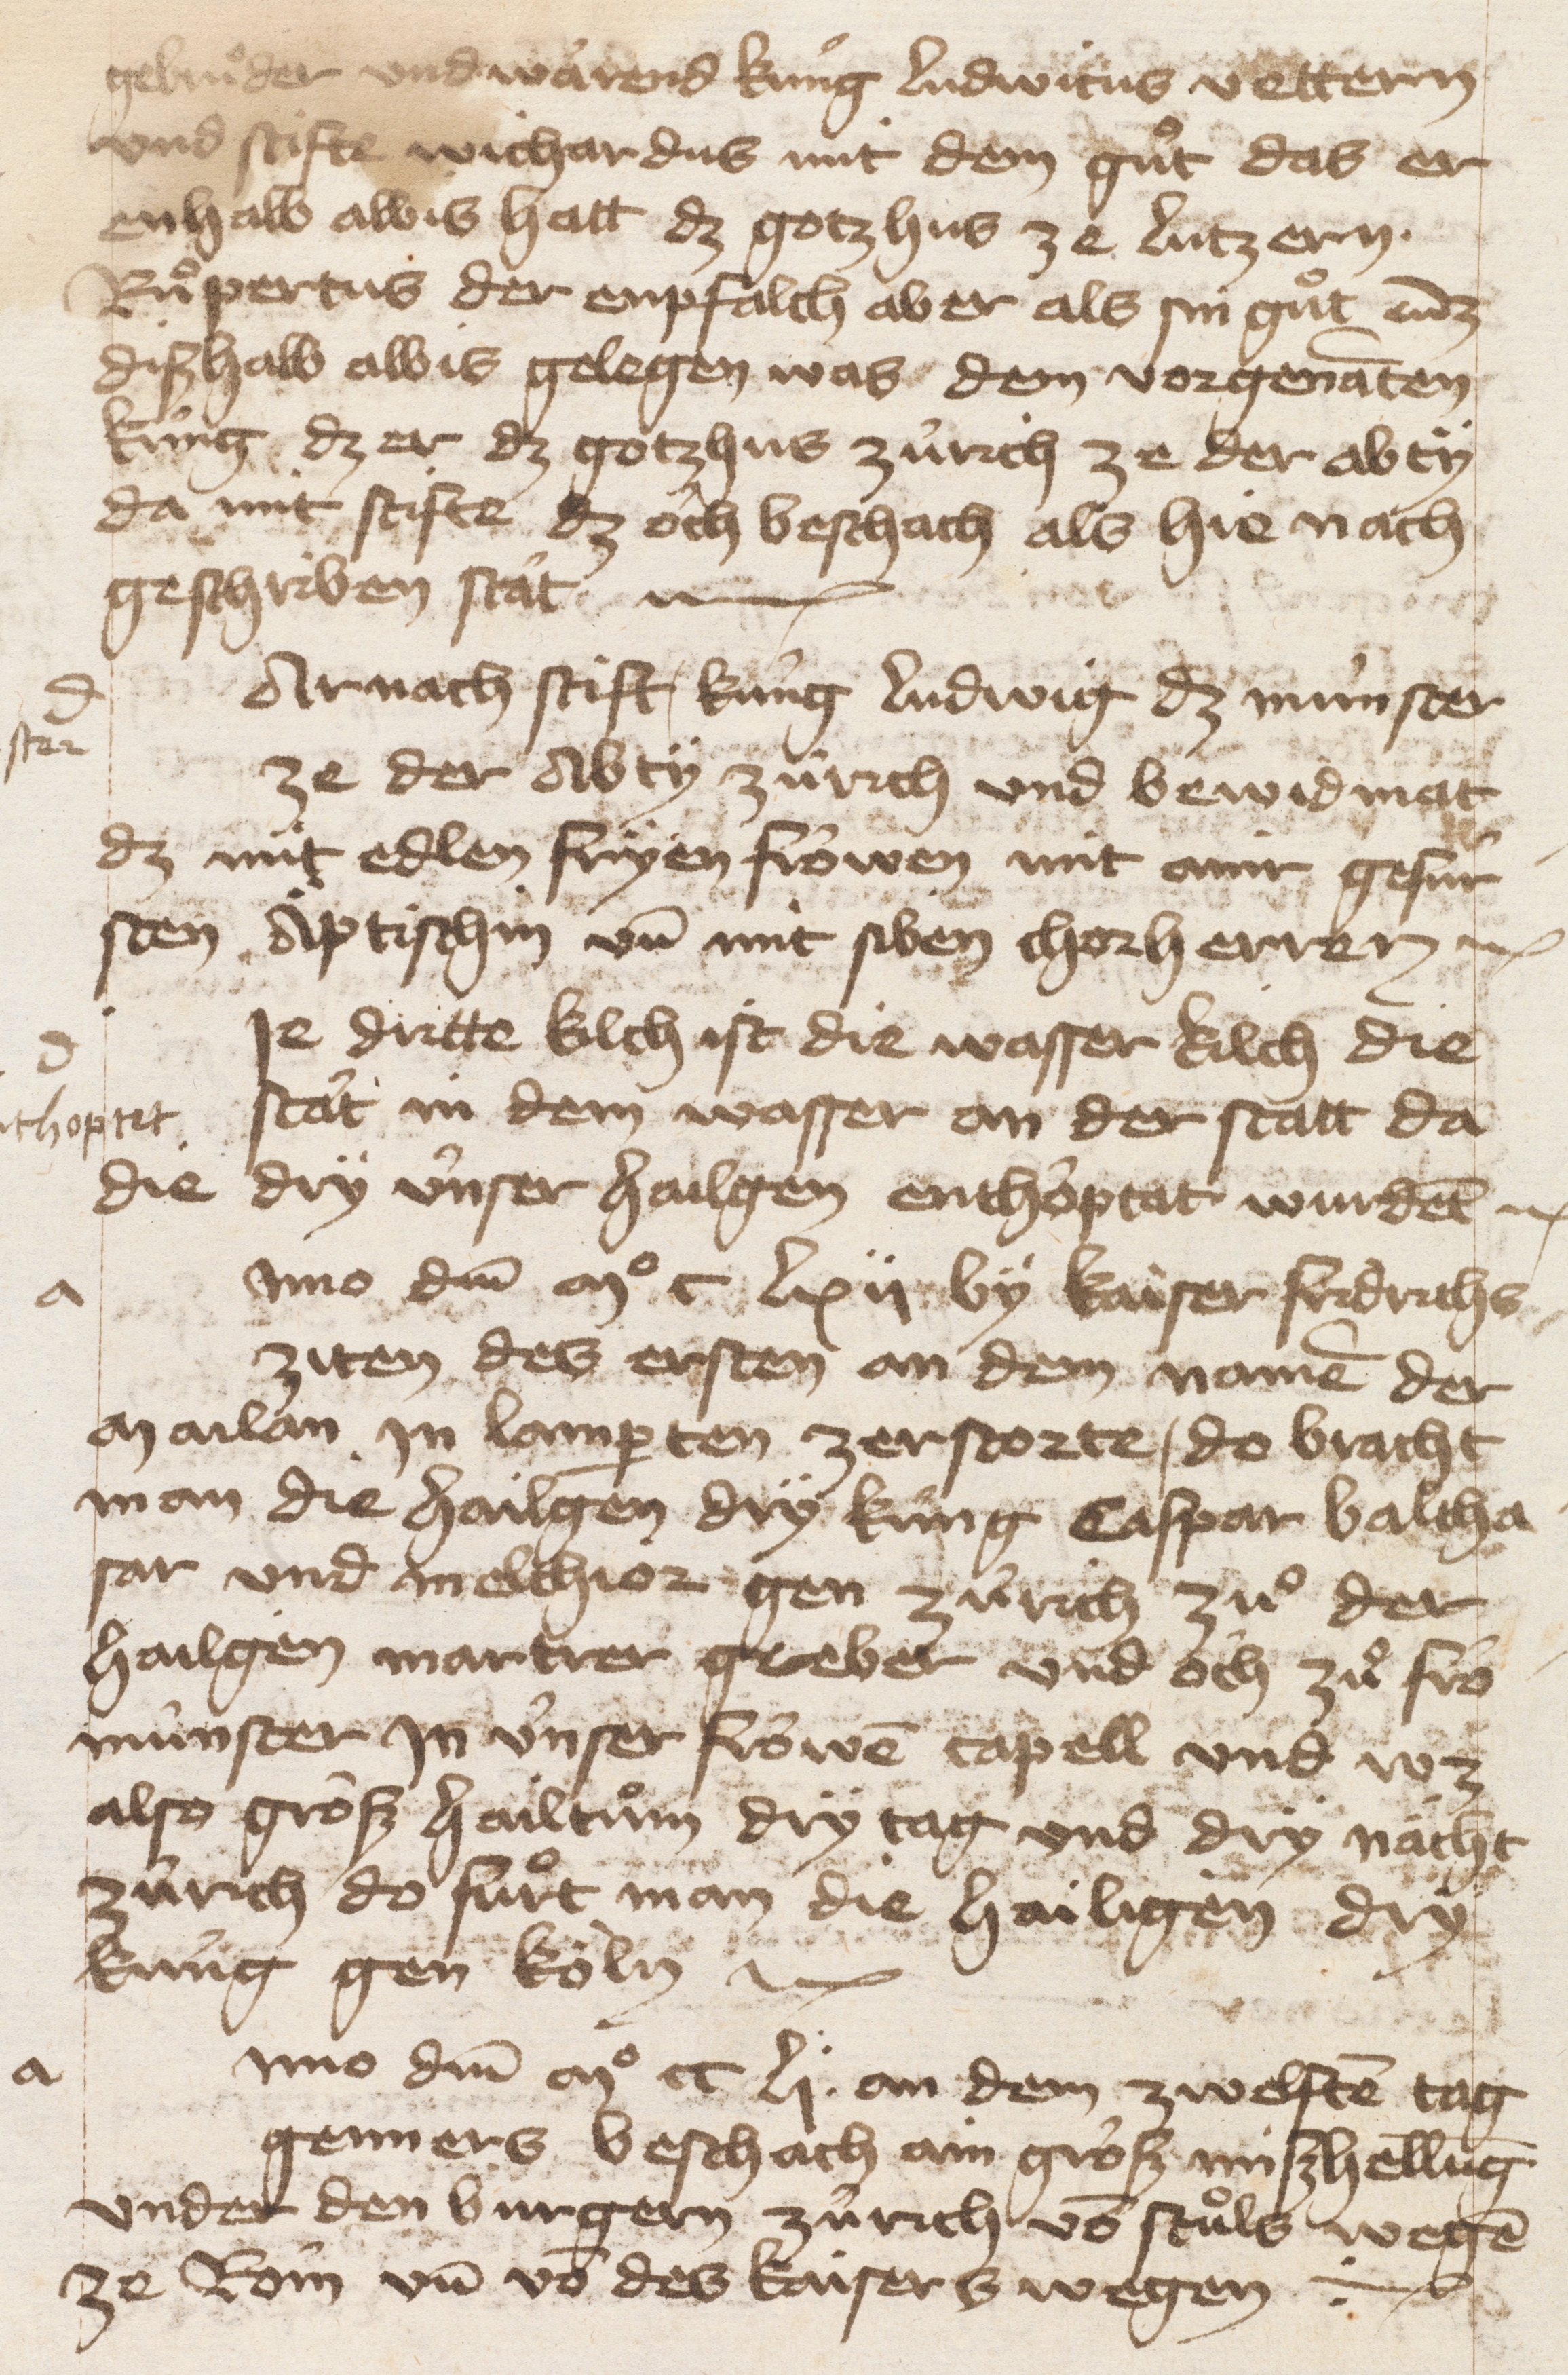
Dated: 1400–1499